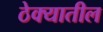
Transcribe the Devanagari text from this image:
ठेक्‍यातील